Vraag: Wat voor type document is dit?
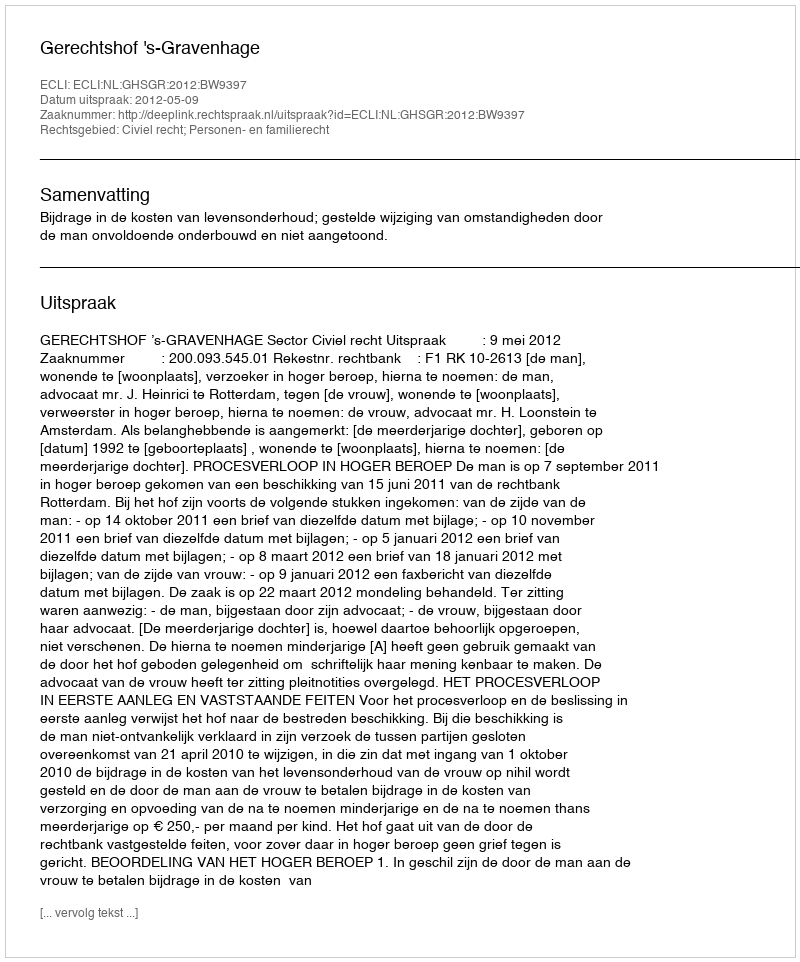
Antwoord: Uitspraak